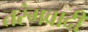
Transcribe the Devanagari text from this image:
तरंगवादी